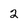
Character: 2